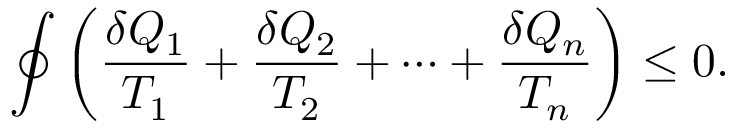
\oint \left( { \frac { \delta Q _ { 1 } } { T _ { 1 } } } + { \frac { \delta Q _ { 2 } } { T _ { 2 } } } + \cdots + { \frac { \delta Q _ { n } } { T _ { n } } } \right) \leq 0 .